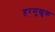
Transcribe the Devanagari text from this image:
हरमुखुक